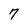
Character: 7